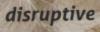
disruptive